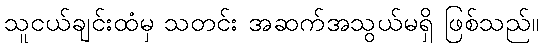
သူငယ်ချင်းထံမှ သတင်း အဆက်အသွယ်မရှိ ဖြစ်သည်။